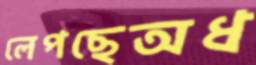
লেপছেঅধ